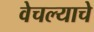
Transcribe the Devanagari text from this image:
वेचल्याचे